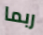
ربما